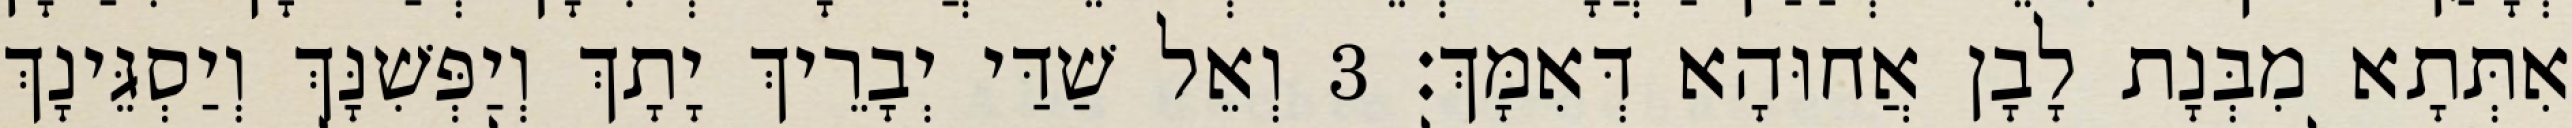
אִתְּתָא מִבְּנָת לָבָן אֲחוּהָא דְּאִמָּךְ׃ 3 וְאֵל שַׁדַּי יְבָרֵיךְ יָתָךְ וְיַפְּשִׁנָּךְ וְיַסְגֵּינָךְ